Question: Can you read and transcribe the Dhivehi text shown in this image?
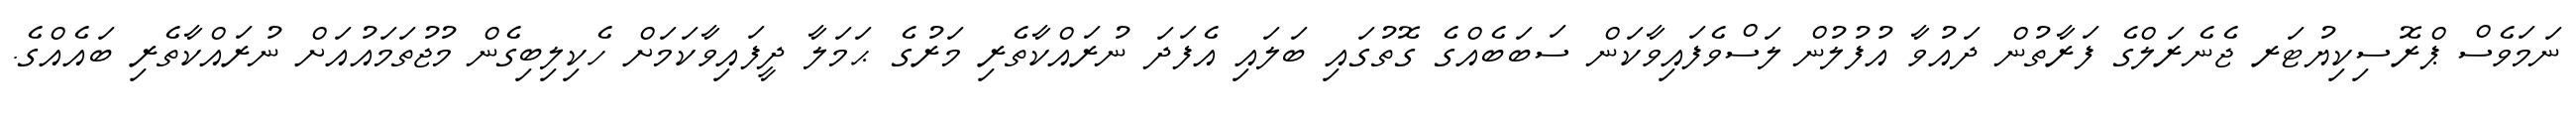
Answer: ނަމަވެސް ޕްރޮސިކިޔުޓަރ ޖެނެރަލްގެ ފަރާތުން ދައުވާ އުފުލުން ލަސްވެފައިވާކަން ސަބަބެއްގެ ގޮތުގައި ބަލައި އެފަދަ ނުރައްކާތެރި މަރުގެ ޙަމަލާ ދީފައިވާކަމަށް ހެކިލިބިގެން މުޖުތަމައުއަށް ނުރައްކާތެރި ބައެއްގެ.